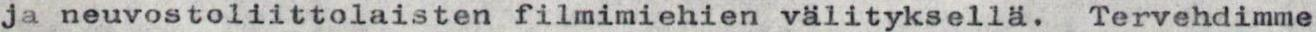
ja neuvostoliittolaisten filmimiehien välityksellä. Tervehdimme